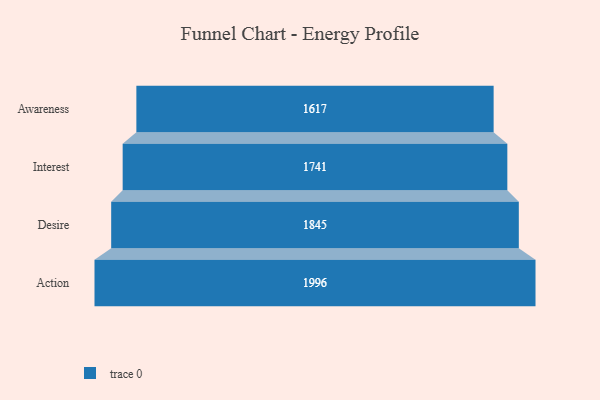
{"axis": {"x": "Stage", "y": "Value"}, "legend": [""], "data": [{"x": "Awareness", "y": 1617.0, "type": ""}, {"x": "Interest", "y": 1741.0, "type": ""}, {"x": "Desire", "y": 1845.0, "type": ""}, {"x": "Action", "y": 1996.0, "type": ""}]}